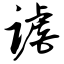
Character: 谑